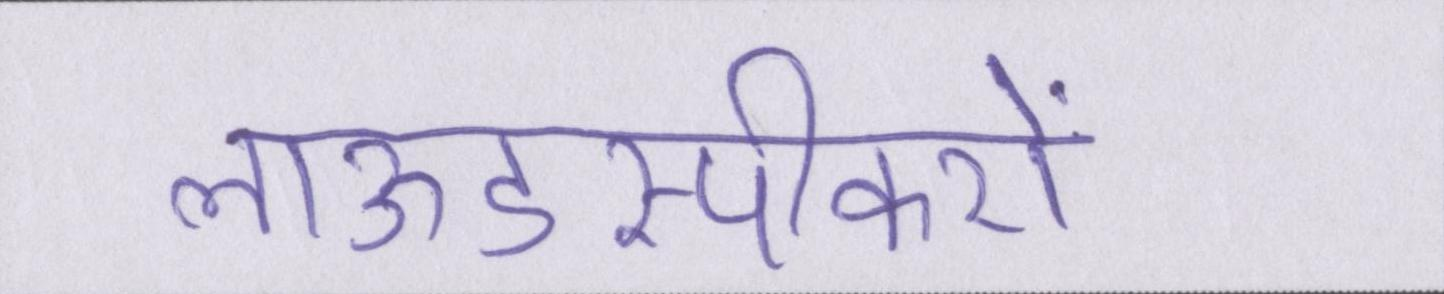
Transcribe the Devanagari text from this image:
लाऊडस्पीकरों